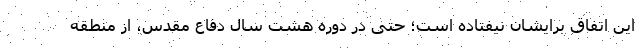
این اتفاق برایشان نیفتاده است؛ حتی در دوره هشت سال دفاع مقدس، از منطقه